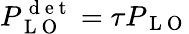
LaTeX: P_{\mathrm{~L~O~}}^{\mathrm{~d~e~t~}}=\tau P_{\mathrm{~L~O~}}